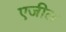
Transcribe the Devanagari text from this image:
एजील